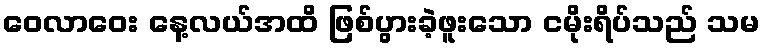
ဝေလာဝေး နေ့လယ်အထိ ဖြစ်ပွားခဲ့ဖူးသော ငမိုးရိပ်သည် သမ